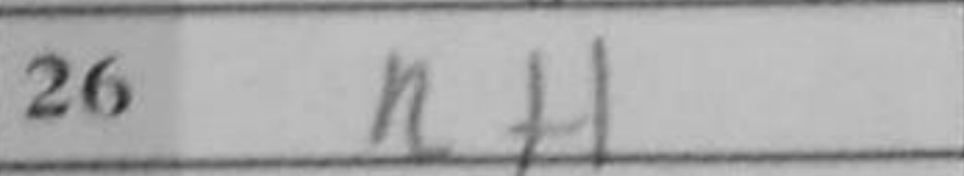
Transcription: Rf1